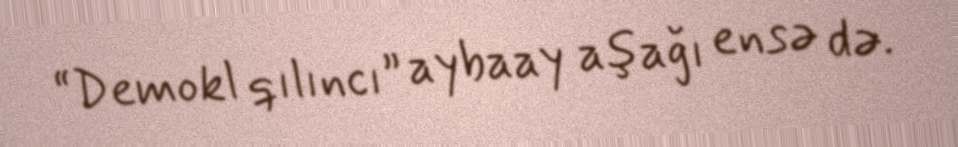
“Demokl qılıncı” aybaay aşağı ensə də.